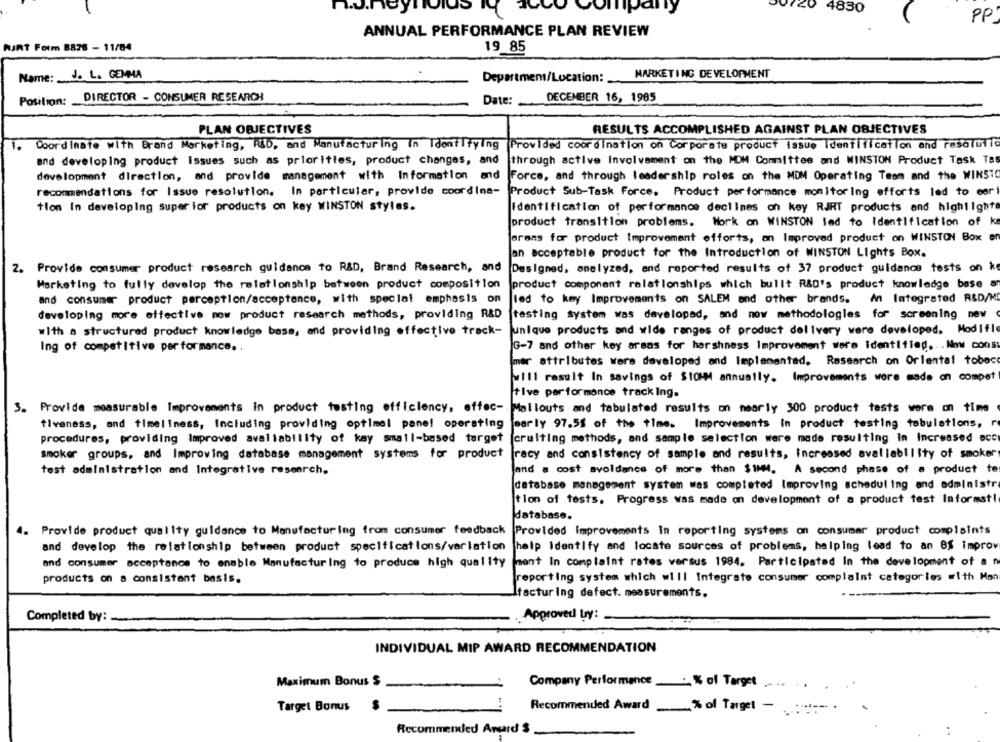
4830
PP
ANNUAL PERFORMANCE PLAN REVIEW
KURT Form 8878 - 11/04
19 85
Name: J. L. GEMMA
MARKETING DEVELOPMENT
Department/Location:
DECEMBER 16, 1985
Position:
DIRECTOR - CONSUMER RESEARCH
Date:
PLAN OBJECTIVES
RESULTS ACCOMPLISHED AGAINST PLAN OBJECTIVES
1.
Coordinate with Brand Marketing, RÅD, and Manufacturing in Identifying
Provided coordination on Corporate product issue identification and resolutio
and developing product Issues such as priorities, product changes, and
through active Involvement on the MDM Committee and WINSTON Product Task Tes
development direction, and provide management with Information and
Force, and through leadership roles on the MDM Operating Team and the WINST
recommendations for Issue resolution. In particular, provide coordina-
Product Sub-Task Force. Product performance monitoring efforts led to mari
tion In developing superior products on key WINSTON styles.
Identification of performance declines on key RJRT products and highlights
Work on WINSTON led to Identification of k
product transition problems.
arens for product Improvement efforts, an Improved product on WINSTON Box en
an acceptable product for the Introduction of WINSTON Lights Box.
2. Provide consumer product research guidance to R&D, Brand Research, and
Designed, amelyzed, and reported results of 37 product guidance tests on k
Marketing to fully develop the relationship between product composition
Marketing to fully develop the relationship between product composition product component relationships which bullt R&D's product knowledge base an
and consumer product perception/acceptance, with special emphasis on
led to key Improvements on SALEM and other brands. An Integrated R&D/M
developing more effective now product research methods, providing R&D
[testing system was developed, and now methodologies for screening new
with a structured product knowledge base, and providing effective track-
unique products and wide ranges of product delivery were developed, Modifle
Ing of competitive performance ..
G-7 and other key areas for harshness Improvement were Identified. .. Now cons:
mer attributes were developed and Implemented. Research on Orlentat toboc
will result In savings of $10MM annually. Improvements were made on compet
tive performance track ing.
3. Provide measurable Improvements in product testing efficiency, effec- Mailouts and tabulated results on nearly 300 product tests were on time
early 97.5% of the times Improvements In product testing tabulations, r
tiveness, and timeliness, Including providing optimal pane! operating
(cruiting methods, and sample selection were made resulting in Increased ecc
procedures, providing Improved availability of kay small-based target
smoker groups, and Improving database management systems for product
Tracy and consistency of sample and results, Increased availability of smoker
test administration and Integrative research.
Jand a cost avoldance of more than $1MM. A second phase of a product to
database management system was completed Improving scheduling and administr
tion of tests, Progress was made on development of a product test Informatl
database.
4. Provide product quality guidance to Manufacturing from consumer feedback
Provided Improvements In reporting systems on consumer product complaints
and develop the relationship between product specifications/varlation
help Identify and locate sources of problems, helping lead to an BS improv
and consumer acceptance to enable Manufacturing to produce high quality
ment In complaint rates versus 1984. Participated In the development of a n
reporting system which will Integrate consumer complaint categories with Man
products on a consistent basis.
facturing defect. measurements.
--
Completed by:
Approved by:
INDIVIDUAL MIP AWARD RECOMMENDATION
Maximum Bonus $
Company Performance_ % of Target
..
Target Bonus
Recommended Award _% of Target - .:-- .
Recommended Argard $